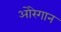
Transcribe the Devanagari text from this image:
ओरेगान